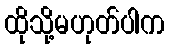
ထိုသို့မဟုတ်ပါက